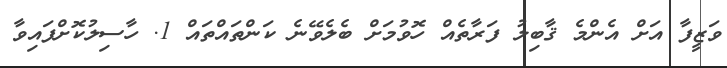
ވަޒީފާ އަށް އެންމެ ޤާބިލު ފަރާތެއް ހޮވުމަށް ބެލެވޭނެ ކަންތައްތައް 1. ހާސިލުކޮށްފައިވާ